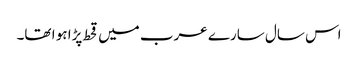
اس سال سارے عرب میں قحط پڑا ہو ا تھا۔